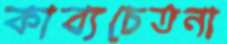
কাব্যচেতনা